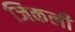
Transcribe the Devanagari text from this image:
जिकली